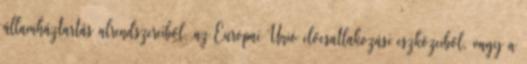
államháztartás alrendszereiből, az Európai Unió előcsatlakozási eszközeiből, vagy a